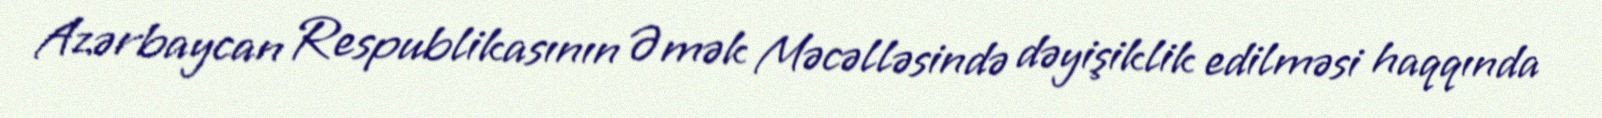
Azərbaycan Respublikasının Əmək Məcəlləsində dəyişiklik edilməsi haqqında